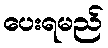
ပေးရမည်